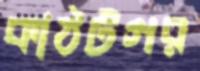
কাঠটগর